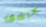
عاشق